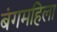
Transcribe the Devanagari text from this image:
बंगमहिला